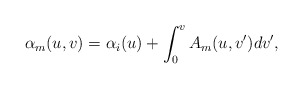
\begin{align*} \alpha_m(u,v)=\alpha_i(u)+\int_0^vA_m(u,v')dv',\end{align*}